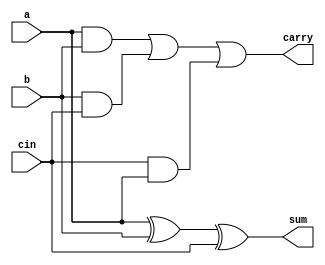
`timescale 1ns / 1ps
//////////////////////////////////////////////////////////////////////////////////
// Company: 
// Engineer: 
// 
// Design Name: 
// Module Name:    full_adder 
// Project Name: 
// Target Devices: 
// Tool versions: 
// Description: 
//
// Dependencies: 
//
// Revision: 
// Revision 0.01 - File Created
// Additional Comments: 
//
//////////////////////////////////////////////////////////////////////////////////
module full_adder(a, b, cin, sum, carry);
input a, b, cin;
output sum, carry;
wire sum, carry;

assign sum = a^b^cin;
assign carry = ((a & b)|(b & cin)|(cin & a));

endmodule